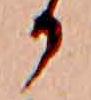
か